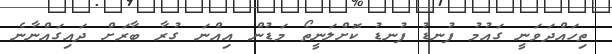
ތިހައްދަވަނީ ގައުމު ފުނޑު ފުނޑު ކޮށްލަނީތޯ މަޑުން އިއްނަ ގުރާ ބާރަށް ދައިގައްނާނެ